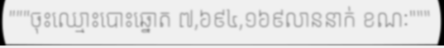
"""ចុះឈ្មោះបោះឆ្នោត ៧,៦៩៤,១៦៩លាននាក់ ខណៈ"""